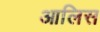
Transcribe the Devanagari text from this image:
आलिस